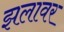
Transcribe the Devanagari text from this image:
झलावर